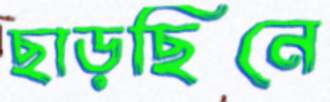
ছাড়ছিনে